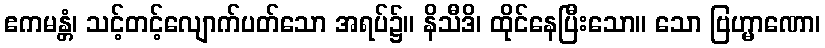
ဧကမန္တံ၊ သင့်တင့်လျောက်ပတ်သော အရပ်၌။ နိသီဒိ၊ ထိုင်နေပြီးသော။ သော ဗြဟ္မာဏော၊